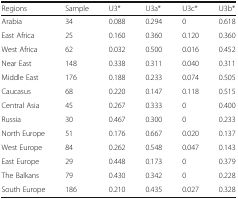
<table><thead><tr><td><b>Regions</b></td><td><b>Sample</b></td><td><b>U3*</b></td><td><b>U3a*</b></td><td><b>U3c*</b></td><td><b>U3b*</b></td></tr></thead><tbody><tr><td>Arabia</td><td>34</td><td>0.088</td><td>0.294</td><td>0</td><td>0.618</td></tr><tr><td>East Africa</td><td>25</td><td>0.160</td><td>0.360</td><td>0.120</td><td>0.360</td></tr><tr><td>West Africa</td><td>62</td><td>0.032</td><td>0.500</td><td>0.016</td><td>0.452</td></tr><tr><td>Near East</td><td>148</td><td>0.338</td><td>0.311</td><td>0.040</td><td>0.311</td></tr><tr><td>Middle East</td><td>176</td><td>0.188</td><td>0.233</td><td>0.074</td><td>0.505</td></tr><tr><td>Caucasus</td><td>68</td><td>0.220</td><td>0.147</td><td>0.118</td><td>0.515</td></tr><tr><td>Central Asia</td><td>45</td><td>0.267</td><td>0.333</td><td>0</td><td>0.400</td></tr><tr><td>Russia</td><td>30</td><td>0.467</td><td>0.300</td><td>0</td><td>0.233</td></tr><tr><td>North Europe</td><td>51</td><td>0.176</td><td>0.667</td><td>0.020</td><td>0.137</td></tr><tr><td>West Europe</td><td>84</td><td>0.262</td><td>0.548</td><td>0.047</td><td>0.143</td></tr><tr><td>East Europe</td><td>29</td><td>0.448</td><td>0.173</td><td>0</td><td>0.379</td></tr><tr><td>The Balkans</td><td>79</td><td>0.430</td><td>0.342</td><td>0</td><td>0.228</td></tr><tr><td>South Europe</td><td>186</td><td>0.210</td><td>0.435</td><td>0.027</td><td>0.328</td></tr></tbody></table>